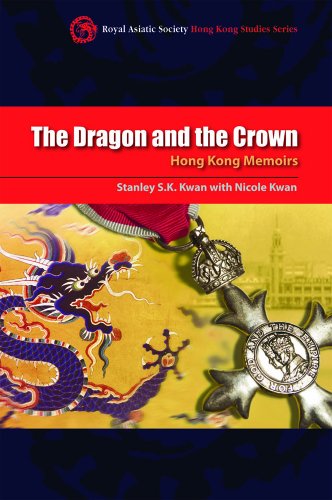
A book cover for The Dragon and the Crown: Hong Kong Memoirs (Royal Asiatic Society Hong Kong Studies Series); Nicole Kwan; History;